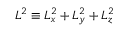
L ^ { 2 } \equiv L _ { x } ^ { 2 } + L _ { y } ^ { 2 } + L _ { z } ^ { 2 }